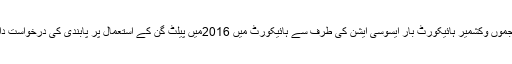
واضح رہے کہ جموں وکشمیر ہائیکورٹ بار ایسوسی ایشن کی طرف سے ہائیکورٹ میں 2016میں پیلٹ گن کے استعمال پر پابندی کی درخواست دائر کی گئی تھی۔